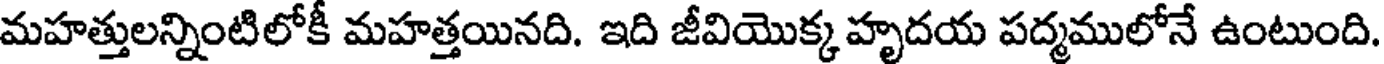
మహత్తులన్నింటిలోకీ మహత్తయినది. ఇది జీవియొక్క హృదయ పద్మములోనే ఉంటుంది